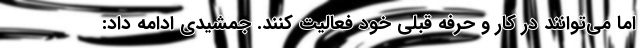
اما می‌توانند در کار و حرفه قبلی خود فعالیت کنند. جمشیدی ادامه داد: